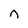
Character: n